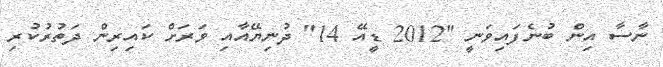
ނާސާ އިން ބުނެފައިވަނީ "2012 ޑީއޭ 14" ދުނިޔޭއާއި ވަރަށް ކައިރިން ދަތުރުކުރި